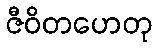
ဇီဝိတဟေတု